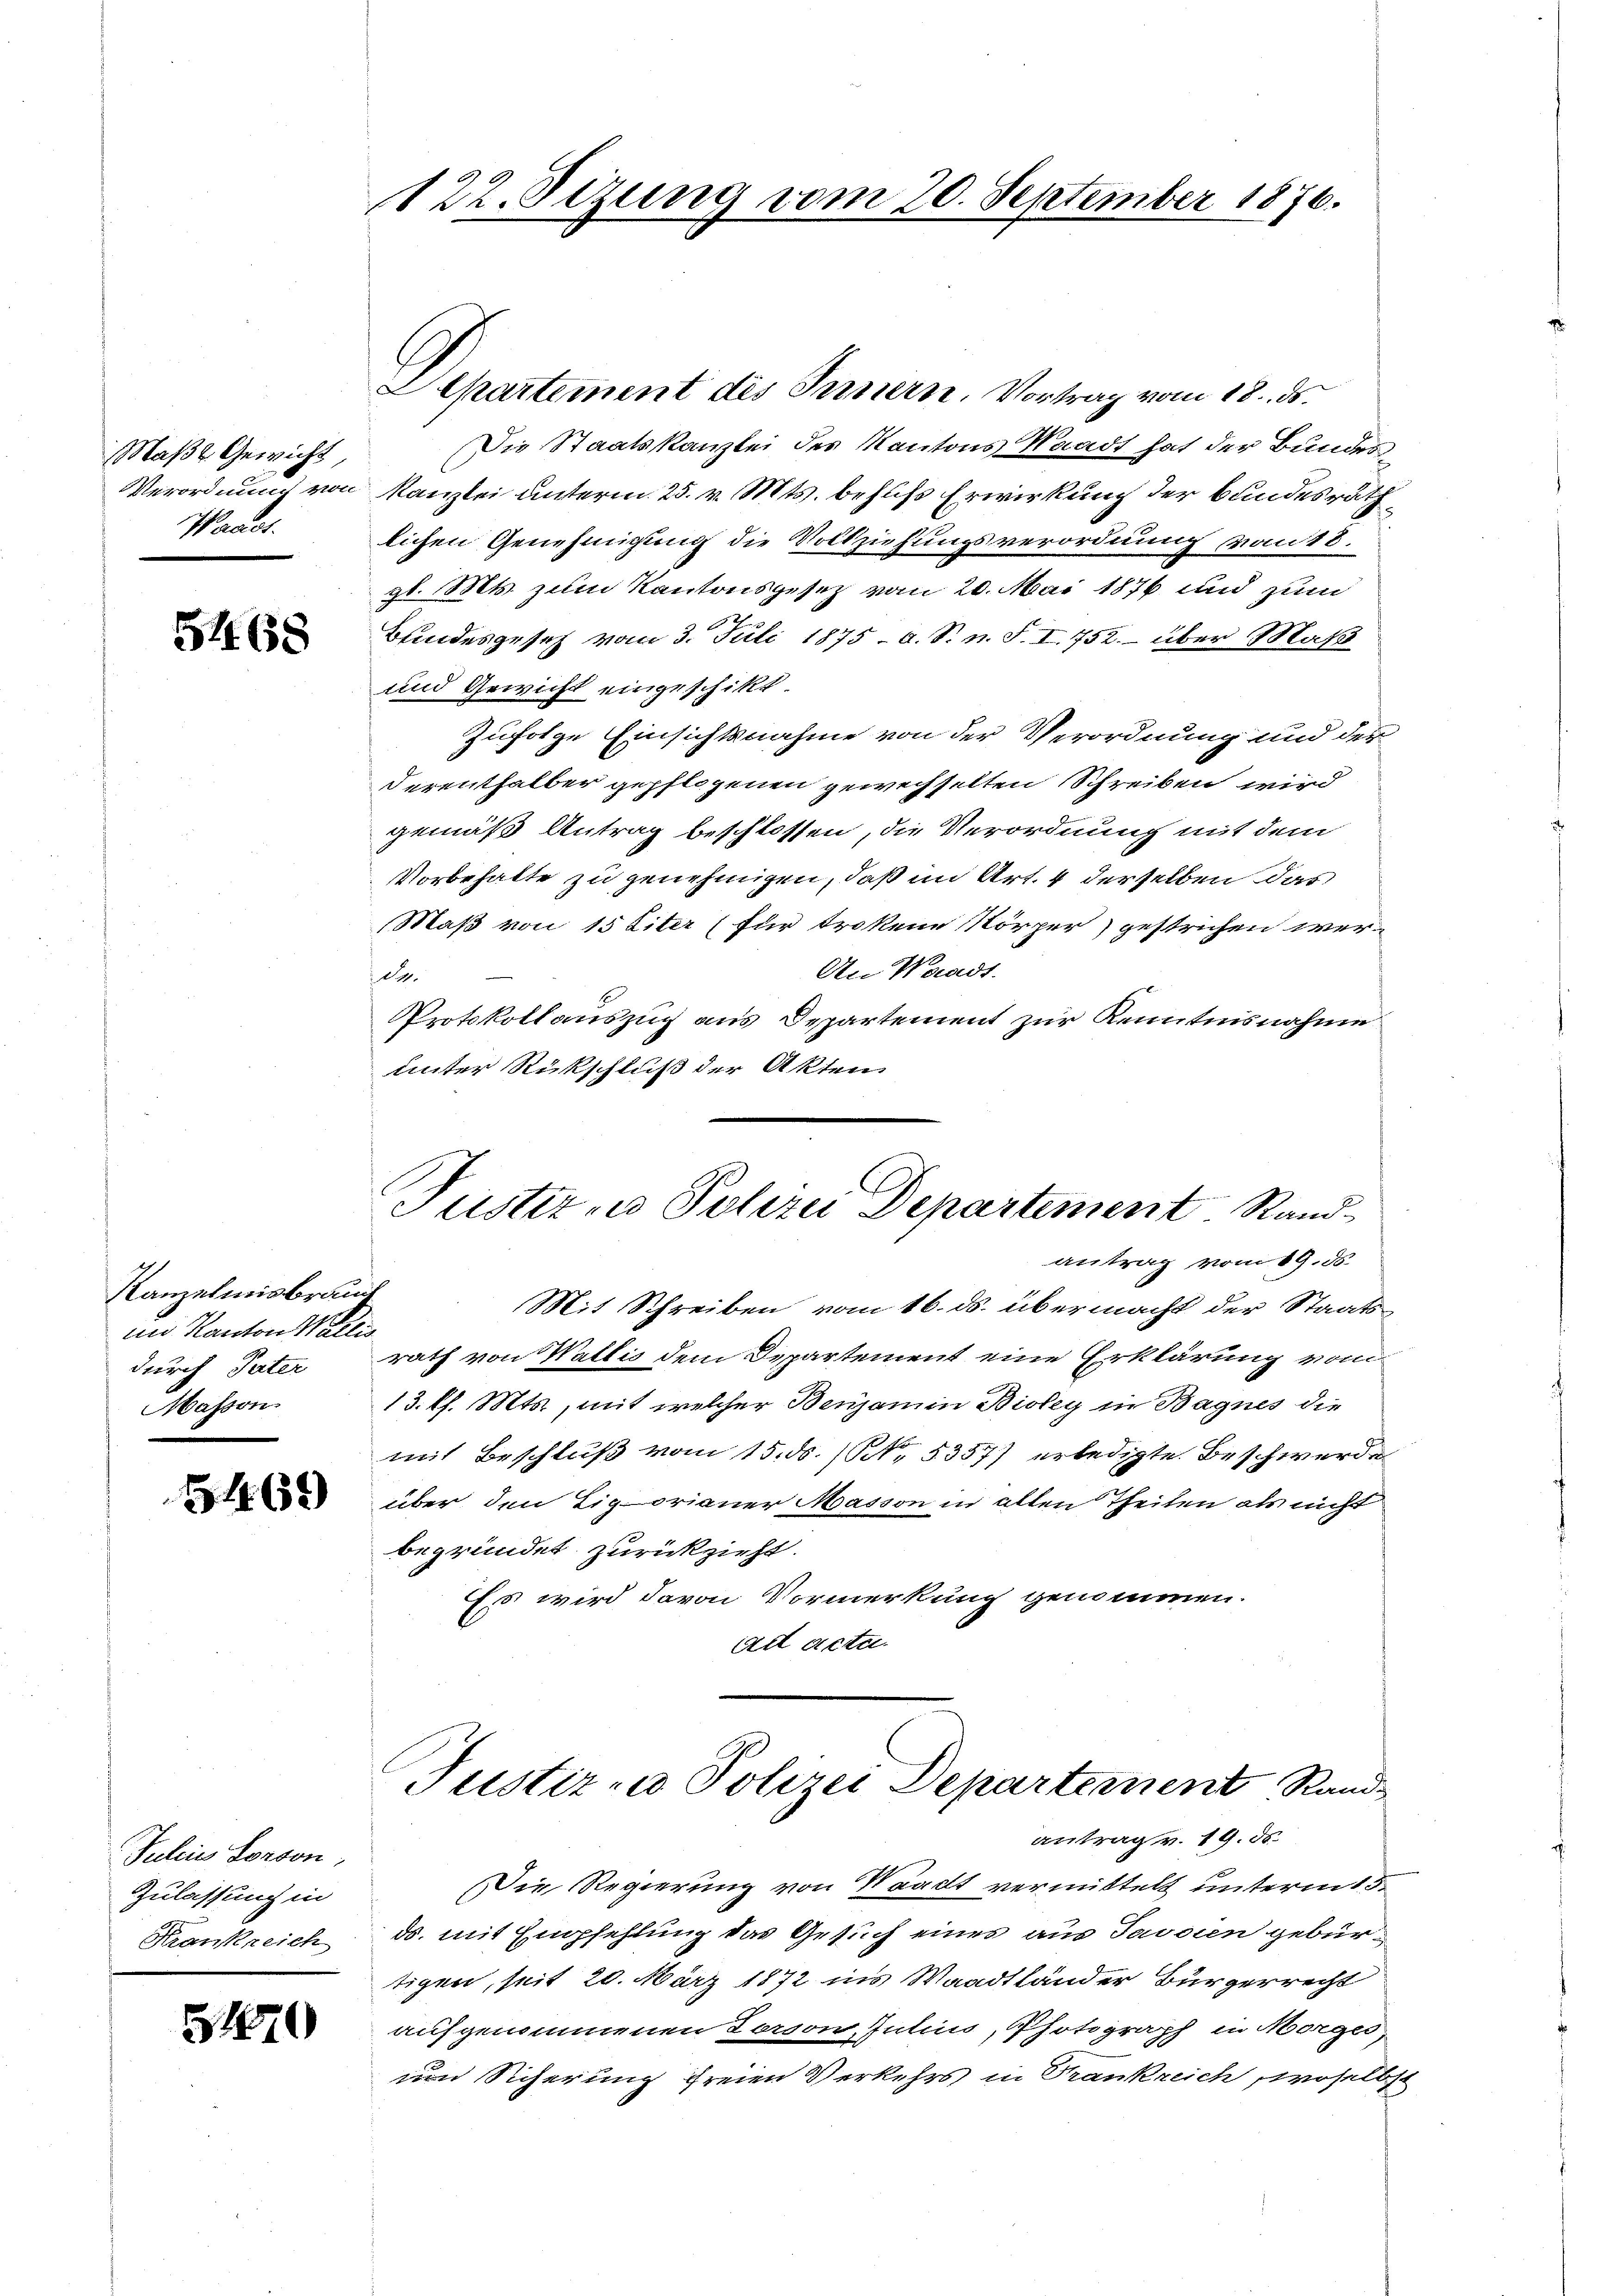
Maßl Gewicht,
Waadt.

54. 68

Kanzelmisbrauch
im Kanton Wallis
durch Vater
Masson

5169

Julcis Sonson,
Zulassung in
Krankreich

B 1810

122. Sizung vom 20. September 1876.

Departement des Fernern. Vortrag vom 18. ds.
Die Staatskanzlei des Kantons Waadt hat der Bundes
Verordnung von Kanzlei unterm 25. v. Mts. behufs Erwirkung der Bundesräth
lichen Genehmigung die Vollziehungsverordnung vom 18.
gl. Mts. zum Kantonsgesetz vom 20. Mai 1876 und zum
Bundesgesetz vom 3. Juli 1875 - O. S. n. F. I. 752. über Maß
und Gewicht eingeschikt.
Zufolge Einsichtsnahme von der Verordnung und der
Derenthalber gepflogenen gewechselten Schreiben wird
gemäß Antrag beschlossen, die Verordnung mit dem
Vorbehalte zu genehmigen, daß im Art. 4 derselben das
Maß von 15 Liter (für trokene Körper) gestrichen wer¬
An Waadt.
de.
Protokollauszug aus Departement zur Kenntnisnahme
unter Rückschluß der Akten.

Mit Schreiben vom 16. ds. übermacht der Staatsrath von Wallis dem Departement eine Erklärung vom
13. k. Mts., mit welcher Benjamin Bioley in Bagnes die
mit Beschluß vom 15. ds. (Nr. 5357) erledigte Beschwerde
über den Tigorianer Masson in alten Theilen als nicht
begründet zurückzieht.
Ess wird davon Vormerkung genommen.
iet acta.

Justiz- u Polizei Departement Randantrag vom 19. ds.

Justiz - Polizei Departement Rand

antrag v. 19. ds.
Die Regierung von Waadt vermittelt unterm 15.
ds. mit Empfehlung das Gesuch eines aus Jassien gebürtigen, seit 20. März 1872 ins Waadtländer Bürgerrecht
aufgenommenen Torson, Intius, Photograph in Morges,
und Sicherung freien Verkehrs in Frankreich, woselbst